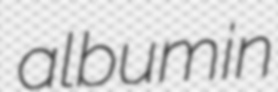
albumin